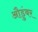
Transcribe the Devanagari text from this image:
औडुंबर